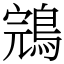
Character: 鵍